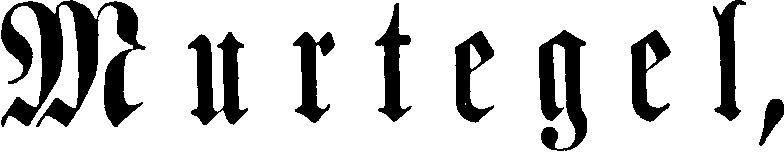
Murtegel,